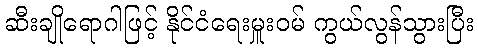
ဆီးချိုရောဂါဖြင့် နိုင်ငံရေးမှူးဝမ် ကွယ်လွန်သွားပြီး